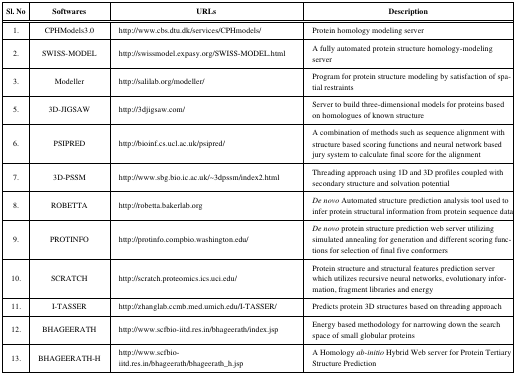
<table><thead><tr><td><b>Sl. No</b></td><td><b>Softwares</b></td><td><b>URLs</b></td><td><b>Description</b></td></tr></thead><tbody><tr><td>1.</td><td>CPHModels3.0</td><td>http://www.cbs.dtu.dk/services/CPHmodels/</td><td>Protein homology modeling server</td></tr><tr><td>2.</td><td>SWISS-MODEL</td><td>http://swissmodel.expasy.org/SWISS-MODEL.html</td><td>A fully automated protein structure homology-modeling server</td></tr><tr><td>3.</td><td>Modeller</td><td>http://salilab.org/modeller/</td><td>Program for protein structure modeling by satisfaction of spatialrestraints</td></tr><tr><td>5.</td><td>3D-JIGSAW</td><td>http://3djigsaw.com/</td><td>Server to build three-dimensional models for proteins based onhomologues of known structure</td></tr><tr><td>6.</td><td>PSIPRED</td><td>http://bioinf.cs.ucl.ac.uk/psipred/</td><td>A combination of methods such as sequence alignment with structurebased scoring functions and neural network based jury system tocalculate final score for the alignment</td></tr><tr><td>7.</td><td>3D-PSSM</td><td>http://www.sbg.bio.ic.ac.uk/~3dpssm/index2.html</td><td>Threading approach using 1D and 3D profiles coupled with secondarystructure and solvation potential</td></tr><tr><td>8.</td><td>ROBETTA</td><td>http://robetta.bakerlab.org</td><td><i>De novo </i>Automated structure prediction analysis tool used toinfer protein structural information from protein sequence data</td></tr><tr><td>9.</td><td>PROTINFO</td><td>http://protinfo.compbio.washington.edu/</td><td><i>De novo </i>protein structure prediction web server utilizingsimulated annealing for generation and different scoring functionsfor selection of final five conformers</td></tr><tr><td>10.</td><td>SCRATCH</td><td>http://scratch.proteomics.ics.uci.edu/</td><td>Protein structure and structural features prediction server whichutilizes recursive neural networks, evolutionary information,fragment libraries and energy</td></tr><tr><td>11.</td><td>I-TASSER</td><td>http://zhanglab.ccmb.med.umich.edu/I-TASSER/</td><td>Predicts protein 3D structures based on threading approach</td></tr><tr><td>12.</td><td>BHAGEERATH</td><td>http://www.scfbio-iitd.res.in/bhageerath/index.jsp</td><td>Energy based methodology for narrowing down the search space ofsmall globular proteins</td></tr><tr><td>13.</td><td>BHAGEERATH-H</td><td>http://www.scfbio-iitd.res.in/bhageerath/bhageerath_h.jsp</td><td>A Homology <i>ab-initio</i> Hybrid Web server for Protein TertiaryStructure Prediction</td></tr></tbody></table>